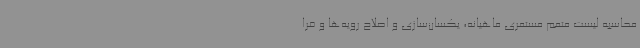
محاسبه لیست متمم مستمری ماهیانه، یکسان‌سازی و اصلاح رویه‌ها و فرا